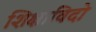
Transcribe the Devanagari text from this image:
शिक्षाविदो